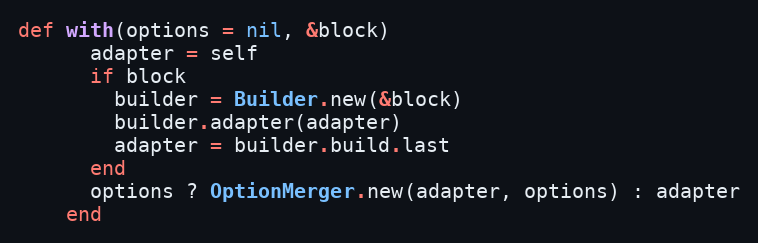
Language: Ruby
def with(options = nil, &block)
      adapter = self
      if block
        builder = Builder.new(&block)
        builder.adapter(adapter)
        adapter = builder.build.last
      end
      options ? OptionMerger.new(adapter, options) : adapter
    end